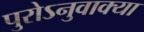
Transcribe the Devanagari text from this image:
पुरोऽनुवाक्या